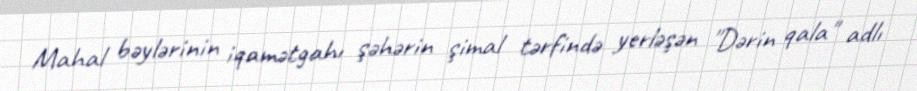
Mahal bəylərinin iqamətgahı şəhərin şimal tərfində yerləşən "Dərin qala" adlı